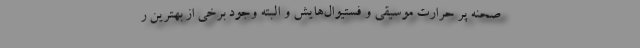
صحنه پر حرارت موسیقی و فستیوال‌هایش و البته وجود برخی از بهترین ر